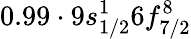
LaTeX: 0.99\cdot 9s_{1/2}^{1}6f_{7/2}^{8}